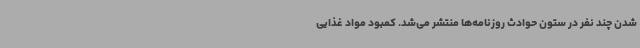
شدن چند نفر در ستون حوادث روزنامه‌ها منتشر می‌شد. کمبود مواد غذایی